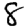
Digit: 8